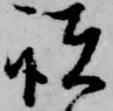
諸